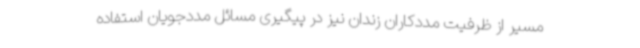
مسیر از ظرفیت مددکاران زندان نیز در پیگیری مسائل مددجویان استفاده